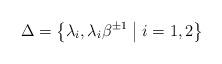
LaTeX: \begin{align*}\Delta = \left\{ \lambda_i, \lambda_i\beta^{\pm 1} \bigm\vert i=1,2 \right\}\end{align*}